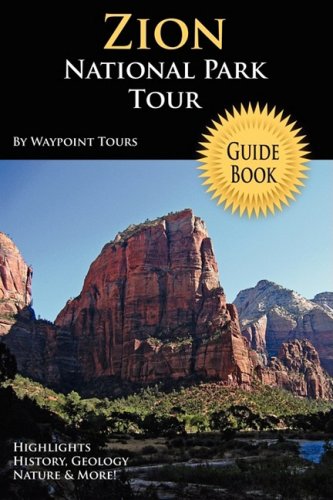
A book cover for Zion National Park Tour Guide Book; Waypoint Tours; Travel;